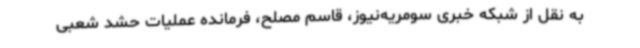
به نقل از شبکه خبری سومریه‌نیوز، قاسم مصلح، فرمانده عملیات حشد شعبی